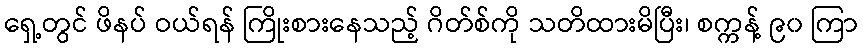
ရှေ့တွင် ဖိနပ် ဝယ်ရန် ကြိုးစားနေသည့် ဂိတ်စ်ကို သတိထားမိပြီး၊ စက္ကန့် ၉၀ ကြာ